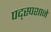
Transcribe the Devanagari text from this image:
पद्स्पशाने